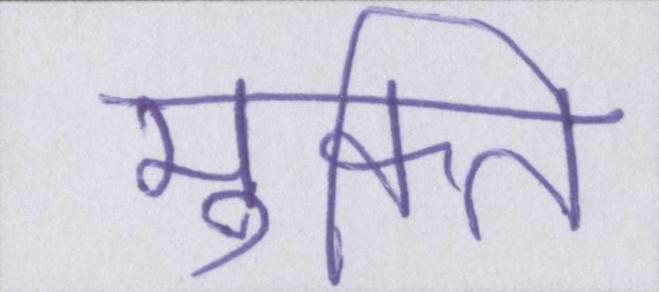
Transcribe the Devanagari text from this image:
मुक्ति